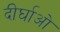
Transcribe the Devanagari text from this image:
दीर्घाओ